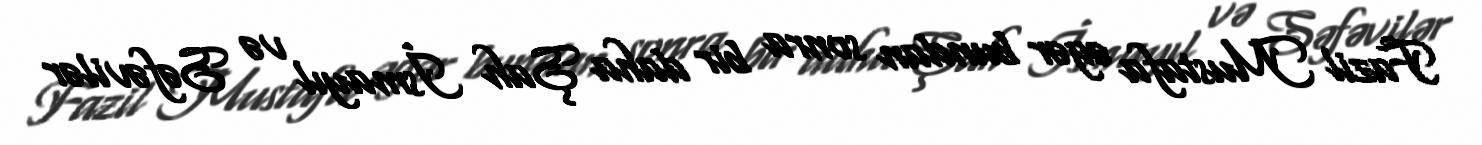
Fazil Mustafa əgər bundan sonra bir daha Şah İsmayıl və Səfəvilər